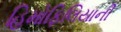
હિમોફિલિયાની